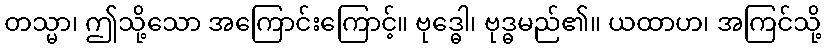
တသ္မာ၊ ဤသို့သော အကြောင်းကြောင့်။ ဗုဒ္ဓေါ၊ ဗုဒ္ဓမည်၏။ ယထာဟ၊ အကြင်သို့